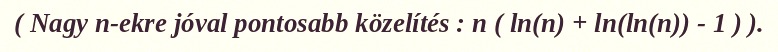
( Nagy n-ekre jóval pontosabb közelítés : n ( ln(n) + ln(ln(n)) - 1 ) ).